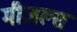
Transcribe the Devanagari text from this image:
मीजल्स